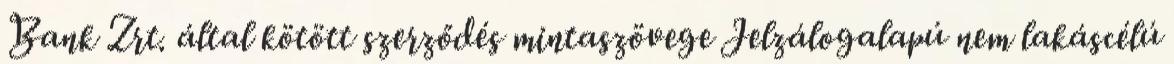
Bank Zrt. által kötött szerződés mintaszövege Jelzálogalapú nem lakáscélú